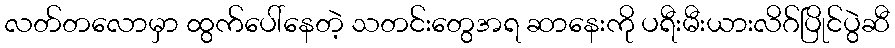
လတ်တလောမှာ ထွက်ပေါ်နေတဲ့ သတင်းတွေအရ ဆာနေးကို ပရီးမီးယားလိဂ်ပြိုင်ပွဲဆီ